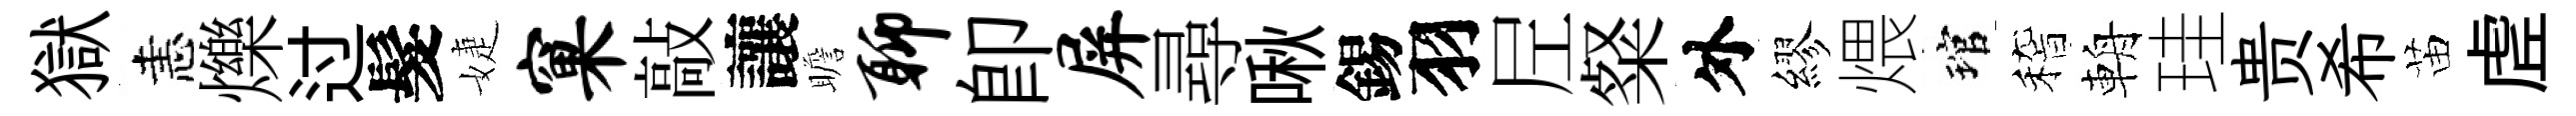
獄恚爍过髮婕窠敲讓瞻聊卽屏尋啾錫羽𡰱粲外繆煨琯稽輈珪贵希苗虗